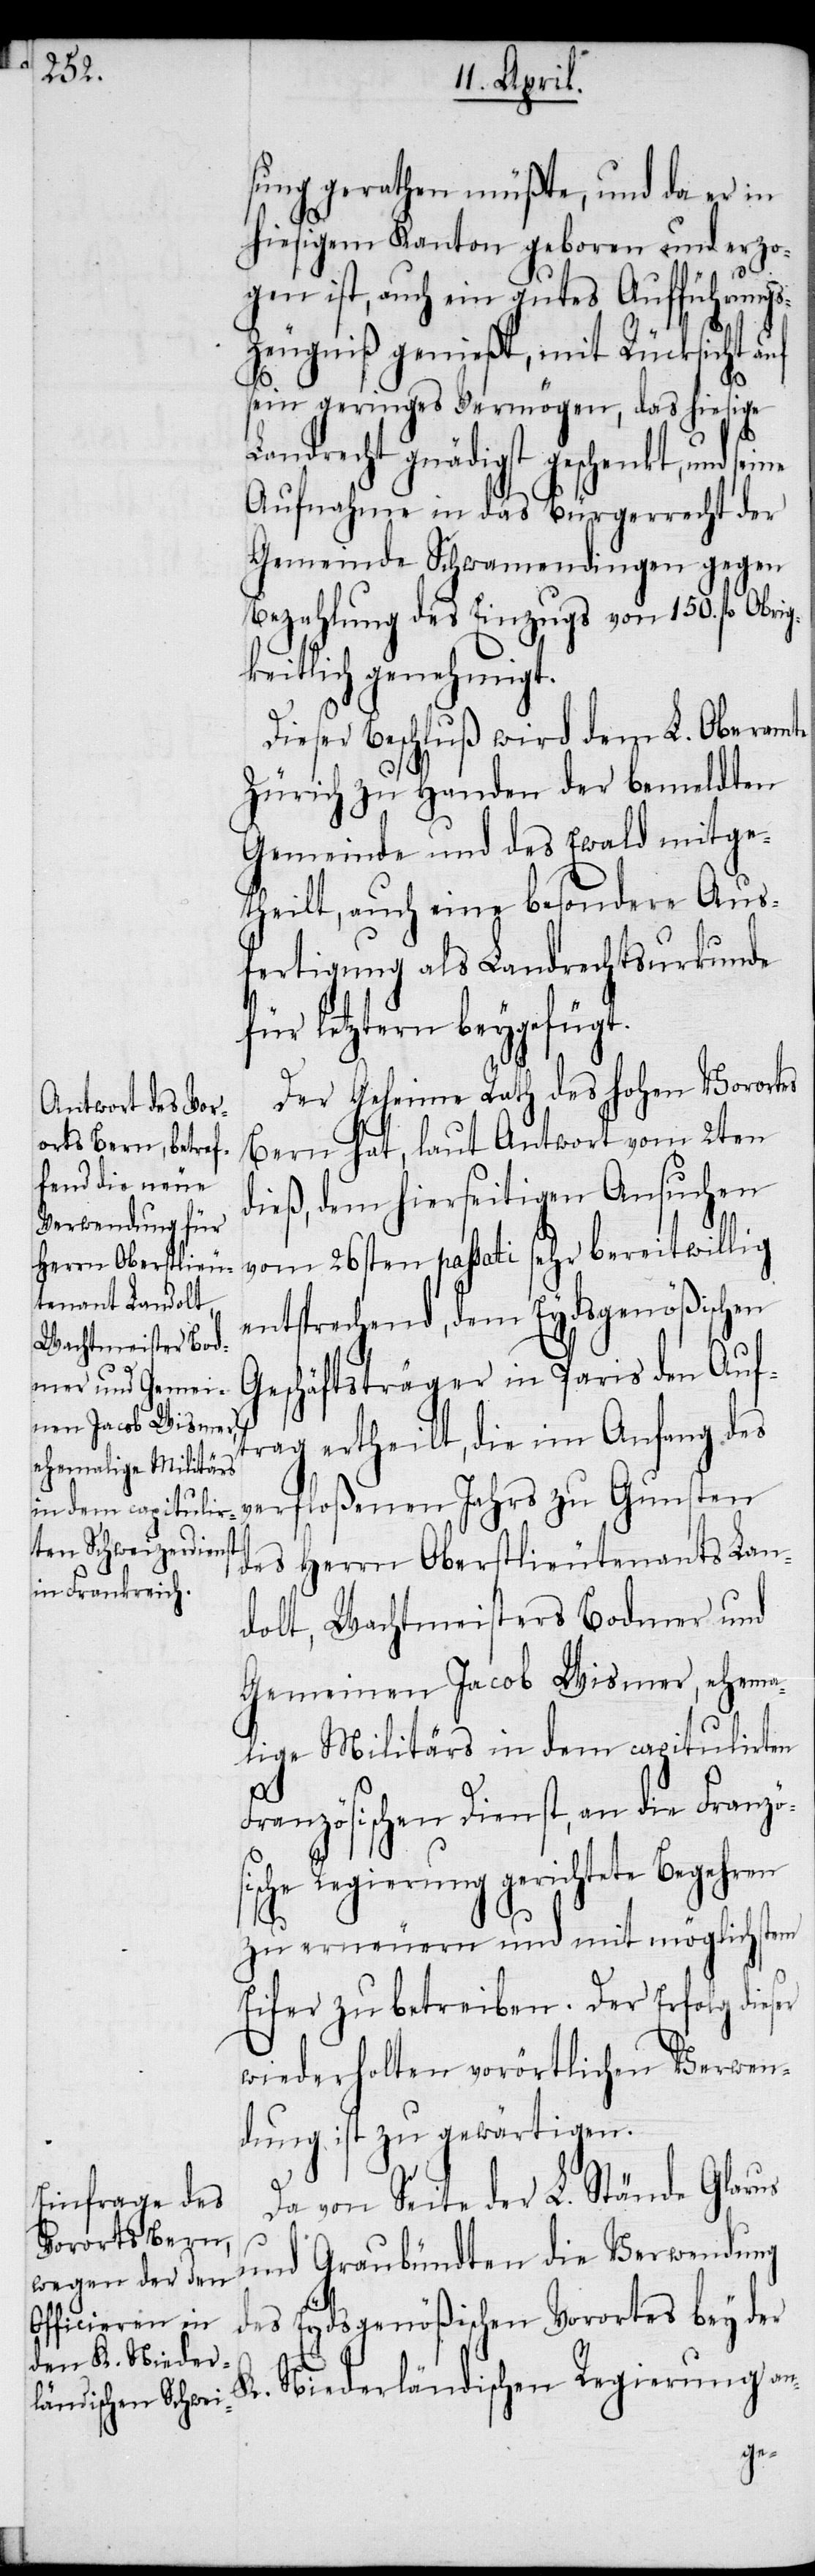
sung gerathen müßte, und da er in
hiesigem Kanton geboren und erzo¬
gen ist, auch ein gutes Aufführung¬
s-Zeugniß genießt, mit Rücksicht auf
K.
sein geringes Vermögen, das hiesige
Landrecht gnädigst geschenkt, und
Aufnahme in das Bürgerrecht der
Gemeinde Schwamendingen gegen
Bezahlung des Einzuges von 150. fl Obri¬
gkeitlich genehmigt.
Dieser Beschluß wird dem L. Oberamte
Zürich zu Handen der bemeldten
Gemeinde und des Ewald mitge¬
theilt, auch eine besondere Aus¬
fertigung als Landrechtsurkunde
für letztern beygefügt.
Der Geheime Rath des hohen Vorortes
Bern hat, laut Antwort vom 2ten
dieß, dem hierseitigen Ansuchen
vom 26sten passati sehr bereitwillig
entsprechend, dem Eydsgenößischen
Geschäftsträger in Paris den Auf¬
trag ertheilt, die im Anfang des
verfloßenen Jahrs zu Gunsten
des Herrn Oberstlieutenants Lan¬
dolt, Wachtmeisters Bodmer und
Gemeinen Jacob Wismer, ehema¬
lige Militärs in dem capitulirten
Französischen Dienst, an die Franzö¬
sische Regierung gerichtete Begehren
zu erneuern und mit möglichstem
Eifer zu betreiben. Der Erfolg dieser
wiederholten vorörtlichen Verwen¬
dung ist zu gewärtigen.
Da von Seite der L. Stände Glarus
und Graubündten die Verwendung
des Eydsgenößischen Vorortes bey der